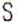
S